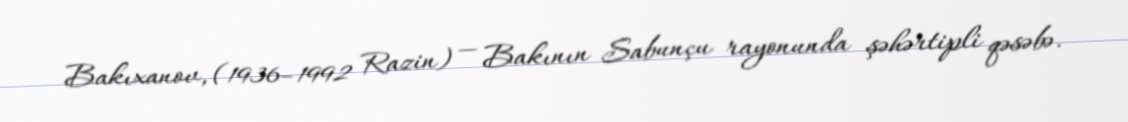
Bakıxanov, (1936–1992 Razin) — Bakının Sabunçu rayonunda şəhərtipli qəsəbə.